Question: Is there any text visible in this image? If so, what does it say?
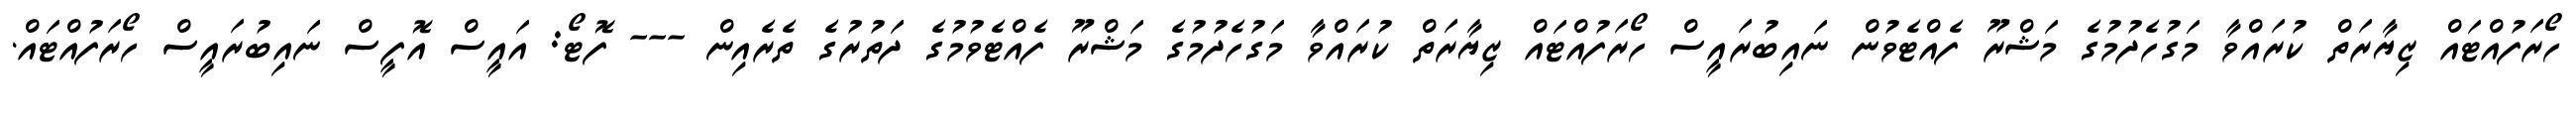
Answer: ހޯރަފުއްޓައް ޒިޔާރަތް ކުރައްވާ މަގުހެދުމުގެ މަޝްރޫ ފެއްޓެވުން ނައިބުރައީސް ހޯރަފުއްޓައް ޒިޔާރަތް ކުރައްވާ މަގުހެދުމުގެ މަޝްރޫ ފެއްޓެވުމުގެ ދަތުރުގެ ތެރެއިން --- ފޮޓޯ: އައީސް އޮފީސް ނައިބުރައީސް ހޯރަފުއްޓައް.